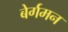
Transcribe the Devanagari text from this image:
बेर्गमन